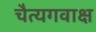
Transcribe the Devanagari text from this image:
चैत्यगवाक्ष